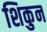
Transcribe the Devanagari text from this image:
शिकुन